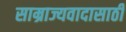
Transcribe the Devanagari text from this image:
साम्राज्यवादासाठी